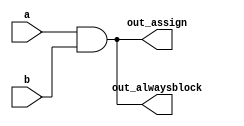
// This program was cloned from: https://github.com/Yvan-xy/verilog-doc
// License: GNU General Public License v2.0

// synthesis verilog_input_version verilog_2001
module top_module(
    input a, 
    input b,
    output wire out_assign,
    output reg out_alwaysblock
);
	assign out_assign = a&b;
    
    always @(*) out_alwaysblock = a&b;
endmodule